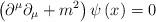
LaTeX: \begin{align*}\left( \partial ^{\mu }\partial _{\mu }+m^{2}\right) \psi \left( x\right) =0\end{align*}